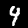
Label: 4